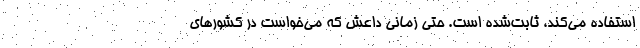
استفاده می‌کند، ثابت‌شده است. حتی زمانی داعش که می‌خواست در کشورهای